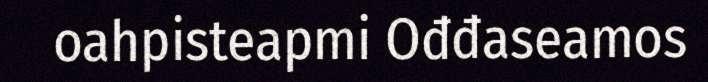
oahpisteapmi Ođđaseamos